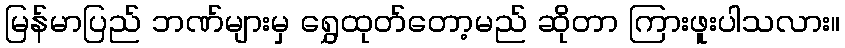
မြန်မာပြည် ဘဏ်များမှ ရွှေထုတ်တော့မည် ဆိုတာ ကြားဖူးပါသလား။